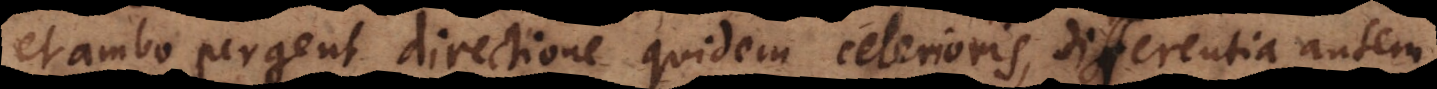
et ambo pergent directione quidem celerioris, differentia autem